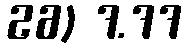
26) 7.77